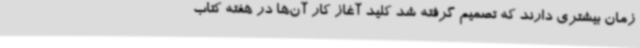
زمان بیشتری دارند که تصمیم گرفته شد کلید آغاز کار آن‌ها در هفته کتاب